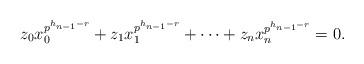
LaTeX: \begin{align*}z_0x_0^{p^{h_{n-1}-r}}+z_1x_1^{p^{h_{n-1}-r}}+\cdots+z_nx_n^{p^{h_{n-1}-r}}=0.\end{align*}